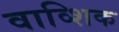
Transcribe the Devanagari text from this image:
वाव्शिक